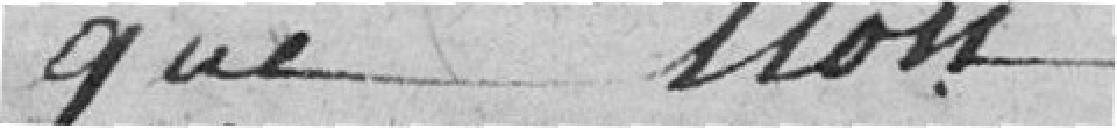
que non.